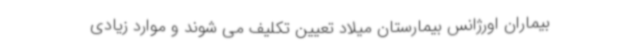
بیماران اورژانس بیمارستان میلاد تعیین تکلیف می شوند و موارد زیادی